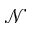
\mathcal { N }